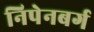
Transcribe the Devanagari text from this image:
निपेनबर्ग